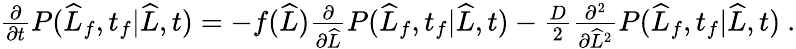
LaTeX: \begin{array}{r}{\frac{\partial}{\partial t}P(\widehat{L}_{f},t_{f}|\widehat{L},t)=-f(\widehat{L})\frac{\partial}{\partial\widehat{L}}P(\widehat{L}_{f},t_{f}|\widehat{L},t)-\frac{D}{2}\frac{\partial^{2}}{\partial\widehat{L}^{2}}P(\widehat{L}_{f},t_{f}|\widehat{L},t)\ .}\end{array}